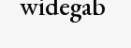
widegab